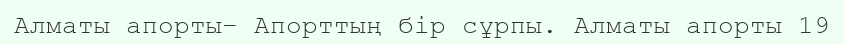
Алматы апорты– Апорттың бір сұрпы. Алматы апорты 19